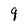
Character: q